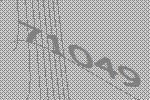
71049